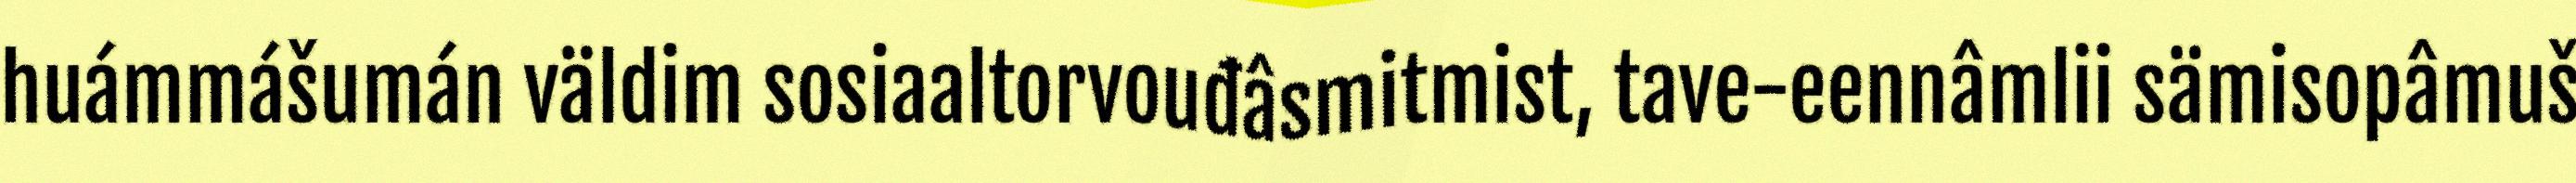
huámmášumán väldim sosiaaltorvouđâsmitmist, tave-eennâmlii sämisopâmuš